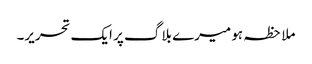
ملاحظہ ہو میرے بلاگ پر ایک تحریر۔